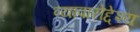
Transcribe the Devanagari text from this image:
व्यापारोद्देश्य